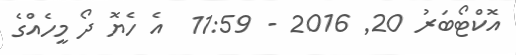
އޮކްޓޯބަރު 20